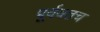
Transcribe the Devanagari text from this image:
पूर्ववतच